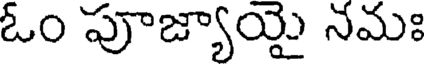
ఓం పూజ్యాయై నమః